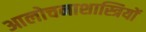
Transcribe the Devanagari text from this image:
आलोचनाशास्त्रियों